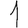
Digit: 1